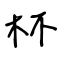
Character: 杯